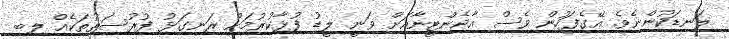
ލަނޑަކުންނެވެ. އޭގެފަހުން ވެސް އާޖެންޓީނާއަށް ވަނީ ލީޑު ފުޅާކުރުމަށް ރަނގަޅު ފުރުސަތުތަކެއް ލިބި